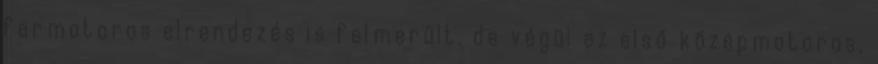
farmotoros elrendezés is felmerült, de végül az első középmotoros,